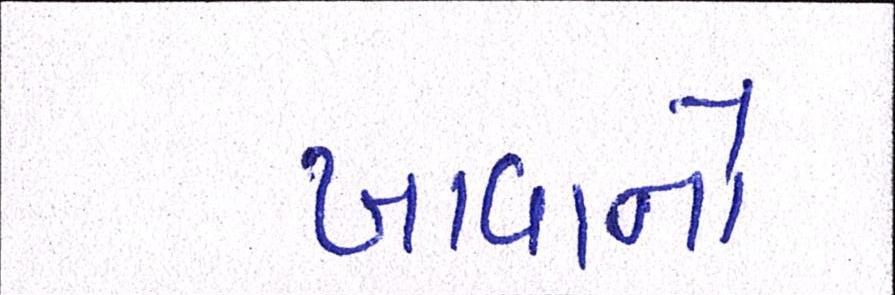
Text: ખાવાનો